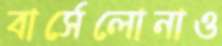
বার্সেলোনাও